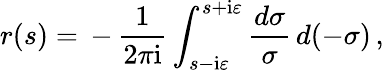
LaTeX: r(s)=\, -\, \frac{1}{2\pi\mathrm{i}}\int_{s-\mathrm{i}\varepsilon}^{s+\mathrm{i}\varepsilon}\frac{d\sigma}{\sigma}\, d(-\sigma)\, ,